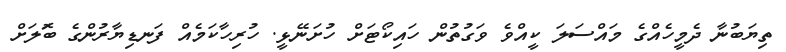
ތިޔަބުނާ ދެމީހެއްގެ މައްސަލަ ކީއްވެ ވަގުތުން ހައިކޯޓަށް ހުށަނޭޅީ. ހުރިހާކަމެއް ފަނޑިޔާރުންގެ ބޮަލަށް